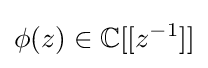
\phi (z)\in \mathbb {C} [[z^{-1}]]